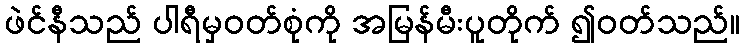
ဖဲင်နီသည် ပါရီမှဝတ်စုံကို အမြန်မီးပူတိုက် ၍ဝတ်သည်။